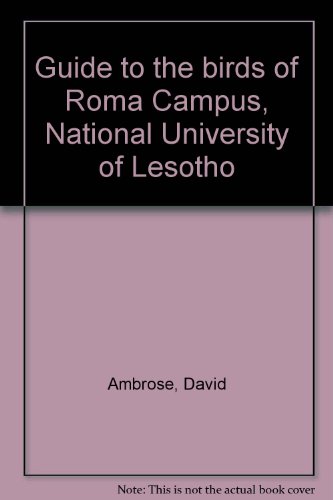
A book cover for Guide to the birds of Roma Campus, National University of Lesotho; David Ambrose; Travel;